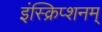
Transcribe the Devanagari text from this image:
इंस्क्रिप्शनम्